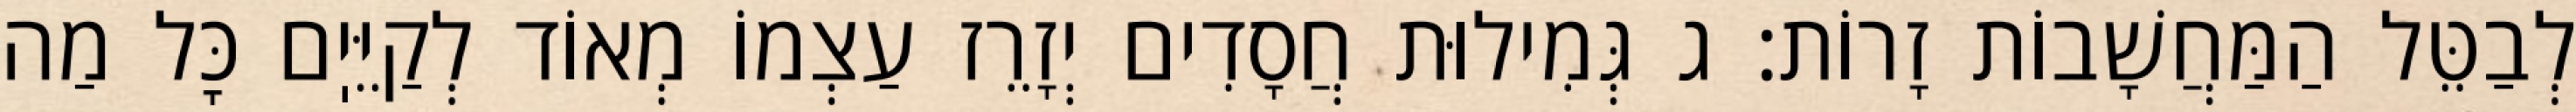
לְבַטֵּל הַמַּחֲשָׁבוֹת זָרוֹת: ג גְּמִילוּת חֲסָדִים יְזָרֵז עַצְמוֹ מְאוֹד לְקַיֵּיֽם כׇּל מַה